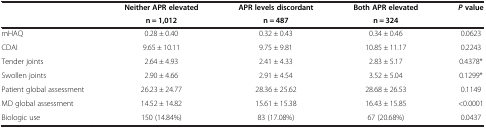
|  | Neither APR elevated | APR levels discordant | Both APR elevated | P value |
 |  | n = 1,012 | n = 487 | n = 324 |  |
 | --- | --- | --- | --- | --- |
 | mHAQ | 0.28 ± 0.40 | 0.32 ± 0.43 | 0.34 ± 0.46 | 0.0623 |
 | CDAI | 9.65 ± 10.11 | 9.75 ± 9.81 | 10.85 ± 11.17 | 0.2243 |
 | Tender joints | 2.64 ± 4.93 | 2.41 ± 4.33 | 2.83 ± 5.17 | 0.4378* |
 | Swollen joints | 2.90 ± 4.66 | 2.91 ± 4.54 | 3.52 ± 5.04 | 0.1299* |
 | Patient global assessment | 26.23 ± 24.77 | 28.36 ± 25.62 | 28.68 ± 26.53 | 0.1149 |
 | MD global assessment | 14.52 ± 14.82 | 15.61 ± 15.38 | 16.43 ± 15.85 | <0.0001 |
 | Biologic use | 150 (14.84%) | 83 (17.08%) | 67 (20.68%) | 0.0437 |